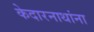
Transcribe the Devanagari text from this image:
केदारनाथांना